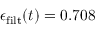
\epsilon _ { \mathrm { f i l t } } ( t ) = 0 . 7 0 8